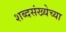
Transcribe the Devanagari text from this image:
शब्दसंख्येच्या